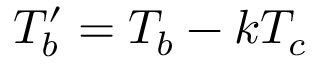
T _ { b } ^ { \prime } = T _ { b } - k T _ { c }